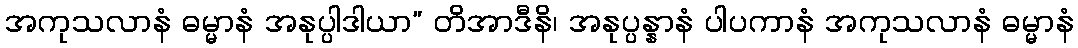
အကုသလာနံ ဓမ္မာနံ အနုပ္ပါဒါယာ” တိအာဒီနိ၊ အနုပ္ပန္နာနံ ပါပကာနံ အကုသလာနံ ဓမ္မာနံ